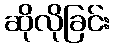
ဆိုလိုခြင်း